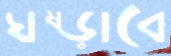
ঘষ্‌ড়াবে